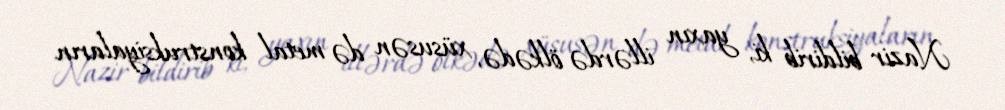
Nazir bildirib ki, yaxın illərdə ölkədə, xüsusən də metal konstruksiyaların